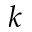
k